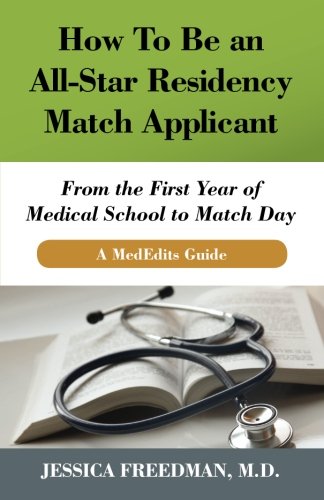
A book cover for How To Be an All-Star Residency Match Applicant: From the First Year of  Medical School to Match Day. A MedEdits Guide.; Jessica Freedman MD; Education & Teaching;